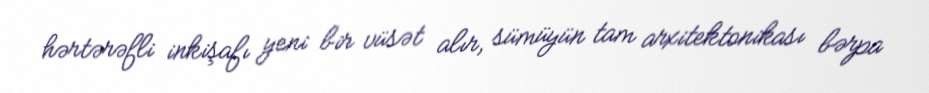
hərtərəfli inkişafı yeni bir vüsət alır, sümüyün tam arxitektonikası bərpa